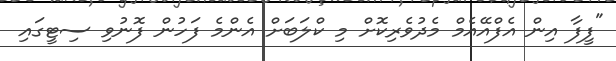
"ފީފާ އިން އެފްއޭއެމް މެދުވެރިކޮށް މި ކްލަބަށް އެންމެ ފަހުން ފޮނުވި ސިޓީގައި